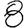
Digit: 8